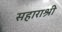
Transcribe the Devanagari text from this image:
सहाराश्री